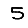
Digit: 5